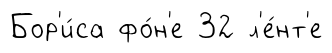
Бор'и́са фо́н'е 32 л'е́нт'е